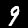
Label: 9